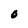
Character: 0